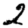
Digit: 2